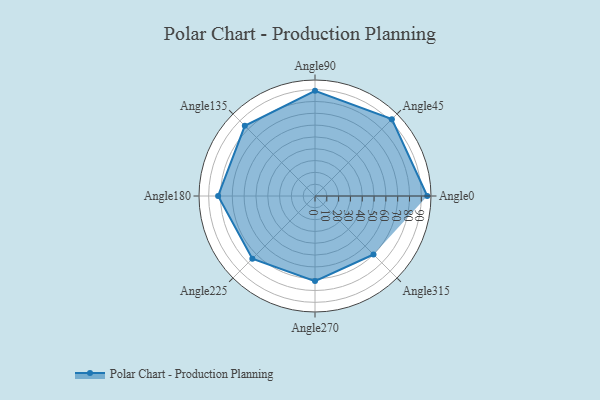
{"axis": {"x": "Angle", "y": "Radius"}, "legend": [""], "data": [{"x": "Angle0", "y": 95.0, "type": ""}, {"x": "Angle45", "y": 92.0, "type": ""}, {"x": "Angle90", "y": 89.0, "type": ""}, {"x": "Angle135", "y": 84.0, "type": ""}, {"x": "Angle180", "y": 82.0, "type": ""}, {"x": "Angle225", "y": 75.0, "type": ""}, {"x": "Angle270", "y": 72.0, "type": ""}, {"x": "Angle315", "y": 70.0, "type": ""}]}